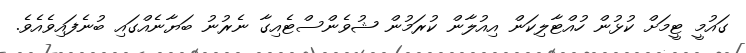
ގައުމީ ޓީމަށް ކުޅުން ހުއްޓާލިކަން އިއުލާން ކުރަމުން ޝުވެންސްޓެއިގާ ނެރުނު ބަޔާނެއްގައި ބުނެފައިވެއެވެ.